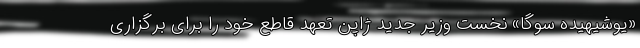
«یوشیهیده سوگا» نخست وزیر جدید ژاپن تعهد قاطع خود را برای برگزاری